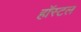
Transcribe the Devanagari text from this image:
हॉस्‍टल